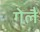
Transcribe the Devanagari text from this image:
गेलै